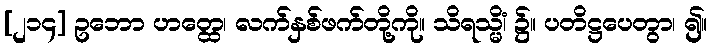
[၂၁၄] ဥဘော ဟတ္ထေ၊ လက်နှစ်ဖက်တို့ကို။ သိရသ္မိံ၊ ၌။ ပတိဋ္ဌပေတွာ၊ ၍။